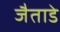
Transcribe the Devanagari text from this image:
जैताडे